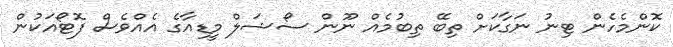
ކޮންމެހެން ޓިނު ނަގާކަށް ތިބޭ ތިބުމެއް ނޫން ސޯޝަލް މީޑިއާގެ އެއްވެސް ފޮޓޯއަކުން